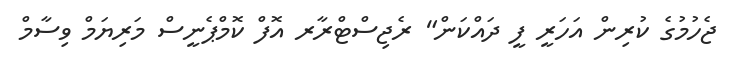
ޖެހުމުގެ ކުރިން އަހަރީ ފީ ދައްކަން" ރެޖިސްޓްރާރ އޮފް ކޮމްޕެނީސް މަރިޔަމް ވިސާމް